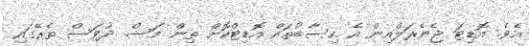
އެވެ. އޮޑިޓަ ޖެނެރަލްއިން އެ ހިސާބުތައް އޮޑިޓްކޮށް ތިން މަސް ދުވަސް ތެރޭގައި